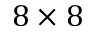
8 \times 8